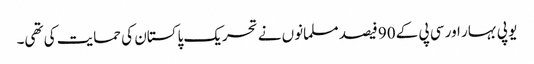
یو پی بہار اور سی پی کے 90 فیصد مسلمانوں نے تحریک پاکستان کی حمایت کی تھی۔